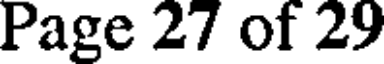
Page 27 of 29